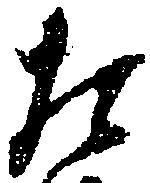
た